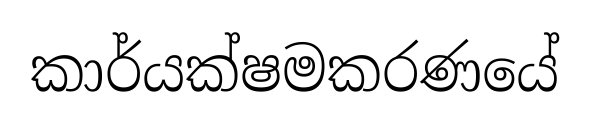
කාර්යක්ෂමකරණයේ